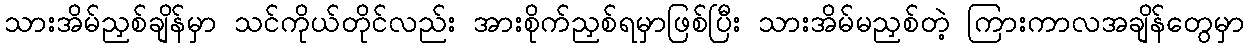
သားအိမ်ညှစ်ချိန်မှာ သင်ကိုယ်တိုင်လည်း အားစိုက်ညှစ်ရမှာဖြစ်ပြီး သားအိမ်မညှစ်တဲ့ ကြားကာလအချိန်တွေမှာ